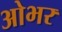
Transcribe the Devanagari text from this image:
ओभर